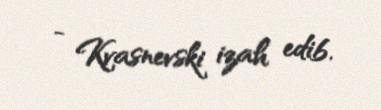
- Kvasnevski izah edib.